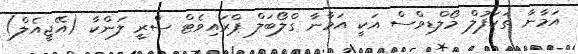
އަމާނާ ތަކަފުލް މޯލްޑިވްސް އަކީ އަމާނާ ގްލޯބަލް ޕްރައިވެޓް ސްރީ ލަންކާ (އޭޖީއެލް)